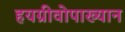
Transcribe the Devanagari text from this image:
हयग्रीवोपाख्यान